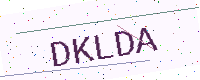
Text: DKLDA